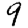
Digit: 9